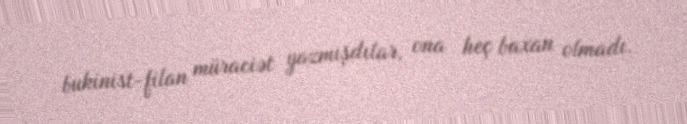
bukinist-filan müraciət yazmışdılar, ona heç baxan olmadı.